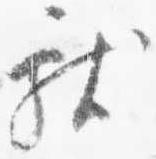
献